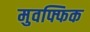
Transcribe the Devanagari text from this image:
मुवफ्फिक